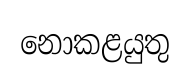
නොකළයුතු